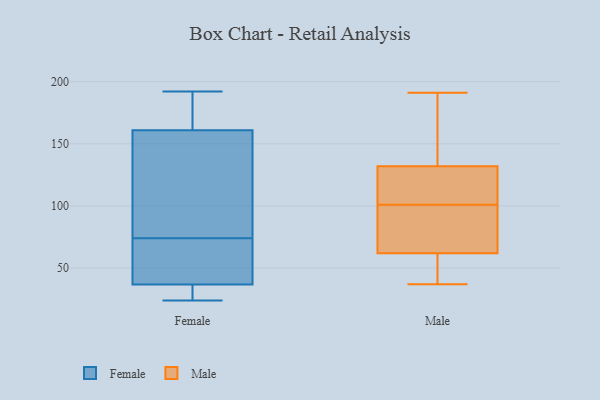
{"axis": {"x": "Tickets Resolved", "y": "Value"}, "legend": ["Female", "Male"], "data": [{"x": "", "y": 106, "type": "Female"}, {"x": "", "y": 178, "type": "Female"}, {"x": "", "y": 36, "type": "Female"}, {"x": "", "y": 192, "type": "Female"}, {"x": "", "y": 32, "type": "Female"}, {"x": "", "y": 24, "type": "Female"}, {"x": "", "y": 39, "type": "Female"}, {"x": "", "y": 74, "type": "Female"}, {"x": "", "y": 110, "type": "Female"}, {"x": "", "y": 192, "type": "Female"}, {"x": "", "y": 66, "type": "Female"}, {"x": "", "y": 86, "type": "Male"}, {"x": "", "y": 106, "type": "Male"}, {"x": "", "y": 191, "type": "Male"}, {"x": "", "y": 121, "type": "Male"}, {"x": "", "y": 98, "type": "Male"}, {"x": "", "y": 129, "type": "Male"}, {"x": "", "y": 189, "type": "Male"}, {"x": "", "y": 47, "type": "Male"}, {"x": "", "y": 104, "type": "Male"}, {"x": "", "y": 161, "type": "Male"}, {"x": "", "y": 185, "type": "Male"}, {"x": "", "y": 51, "type": "Male"}, {"x": "", "y": 62, "type": "Male"}, {"x": "", "y": 80, "type": "Male"}, {"x": "", "y": 37, "type": "Male"}, {"x": "", "y": 40, "type": "Male"}, {"x": "", "y": 77, "type": "Male"}, {"x": "", "y": 132, "type": "Male"}]}